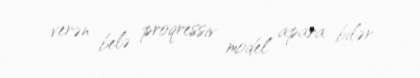
verən belə proqressiv model apara bilər.